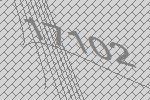
17102